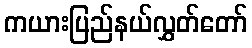
ကယားပြည်နယ်လွှတ်တော်